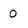
Character: 0